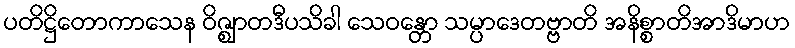
ပတိဋ္ဌိတောကာသေန ဝိဇ္ဈာတဒီပသိခါ သေဝန္တော သမ္ပာဒေတဗ္ဗာတိ အနိစ္စာတိအာဒိမာဟ